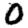
Digit: 0